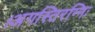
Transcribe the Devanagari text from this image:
।अगस्तिरग्निः